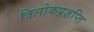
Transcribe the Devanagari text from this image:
त्रिलोकप्रज्ञप्ति